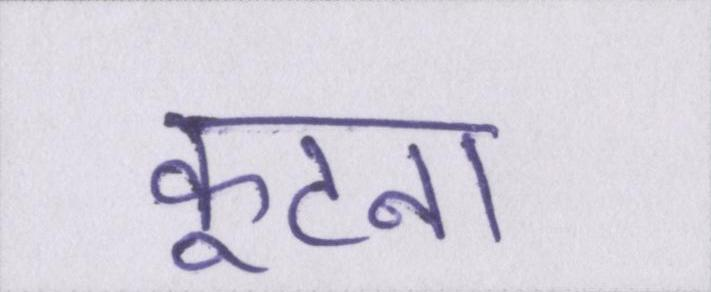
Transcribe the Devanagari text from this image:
कूटना